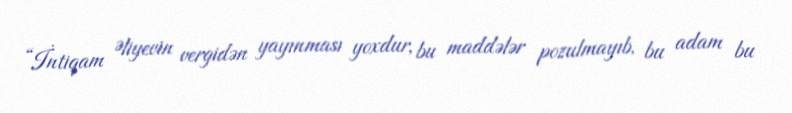
“İntiqam Əliyevin vergidən yayınması yoxdur, bu maddələr pozulmayıb, bu adam bu